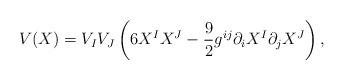
LaTeX: \begin{align*}V(X)=V_{I}V_{J}\left( 6X^{I}X^{J}-{\frac{9}{2}}{g}^{ij}\partial_{i}X^{I}\partial _{j}X^{J}\right) ,\end{align*}